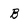
Character: B